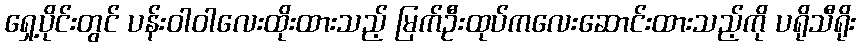
ရှေ့ပိုင်းတွင် ပန်းဝါဝါလေးထိုးထားသည့် မြက်ဦးထုပ်ကလေးဆောင်းထားသည့်ကို ပရိုသီရိုး